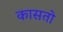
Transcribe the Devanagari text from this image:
कासतो